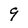
Character: 9